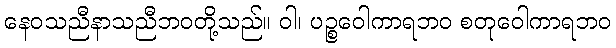
နေဝသညီနာသညီဘဝတို့သည်။ ဝါ၊ ပဉ္စဝေါကာရဘဝ စတုဝေါကာရဘဝ